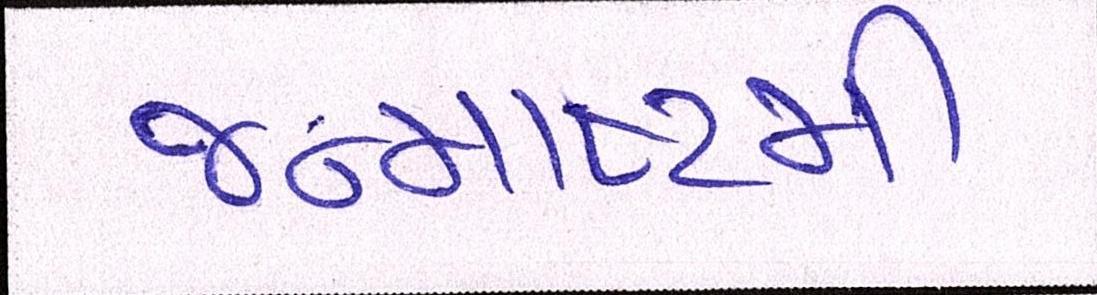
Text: જન્માષ્ટમી